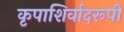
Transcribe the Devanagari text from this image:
कृपाशिर्वादरूपी